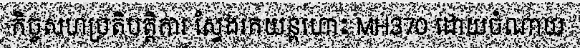
កិច្ចសហប្រតិបត្តិការ ស្វែងរកយន្តហោះ MH370 ដោយចំណាយ